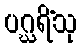
ပဂ္ဃရိံသု